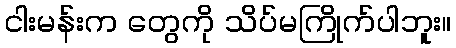
ငါးမန်းက တွေကို သိပ်မကြိုက်ပါဘူး။